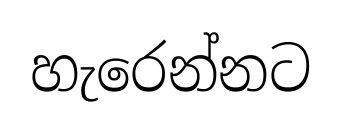
හැරෙන්නට